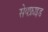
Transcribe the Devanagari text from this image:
सेयफ्राइड